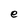
Character: e